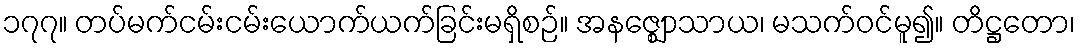
၁၇၇။ တပ်မက်ငမ်းငမ်းယောက်ယက်ခြင်းမရှိစဉ်။ အနဇ္ဈောသာယ၊ မသက်ဝင်မူ၍။ တိဋ္ဌတော၊